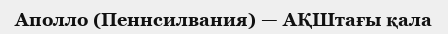
Аполло (Пеннсилвания) — АҚШтағы қала